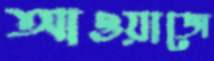
আওয়াজে